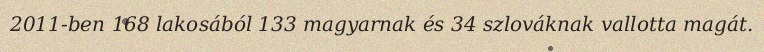
2011-ben 168 lakosából 133 magyarnak és 34 szlováknak vallotta magát.